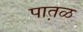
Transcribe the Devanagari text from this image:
पात़ळ